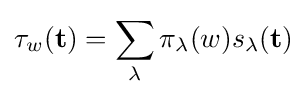
\tau _{w}(\mathbf {t} )=\sum _{\lambda }\pi _{\lambda }(w)s_{\lambda }(\mathbf {t} )